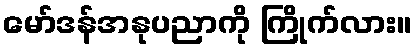
မော်ဒန်အနုပညာကို ကြိုက်လား။